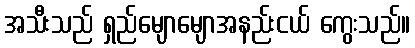
အသီးသည် ရှည်မျောမျောအနည်းငယ် ကွေးသည်။